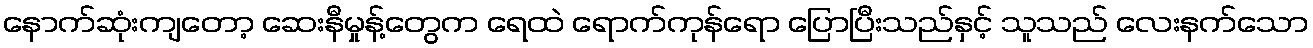
နောက်ဆုံးကျတော့ ဆေးနီမှုန့်တွေက ရေထဲ ရောက်ကုန်ရော ပြောပြီးသည်နှင့် သူသည် လေးနက်သော